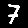
Digit: 7